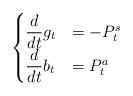
LaTeX: \begin{align*} \begin{cases} \dfrac{d}{dt} g_t & = - P_t^s\\ \dfrac{d}{dt} b_t & = P_t^a \end{cases}\end{align*}